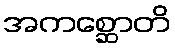
အကစ္ဆောတိ